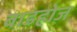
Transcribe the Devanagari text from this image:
बाडहोज़